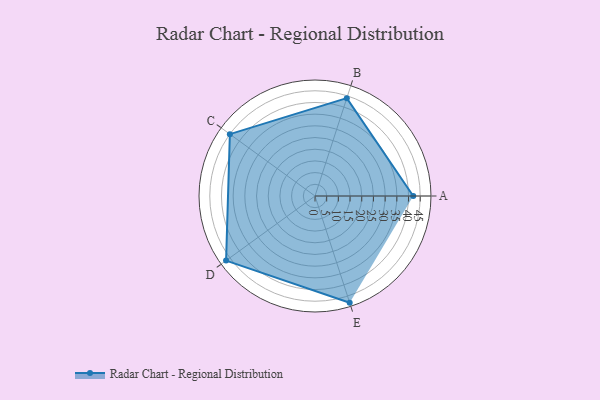
{"axis": {"x": "Skill", "y": "Score"}, "legend": ["Profile"], "data": [{"x": "A", "y": 42.0, "type": "Profile"}, {"x": "B", "y": 44.0, "type": "Profile"}, {"x": "C", "y": 45.0, "type": "Profile"}, {"x": "D", "y": 47.0, "type": "Profile"}, {"x": "E", "y": 48.0, "type": "Profile"}]}